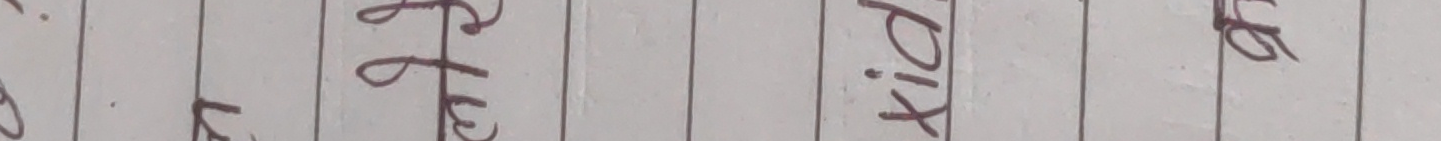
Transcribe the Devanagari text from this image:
के चित्र किताब छ